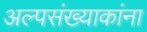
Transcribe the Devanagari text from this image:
अल्पसंख्याकांना